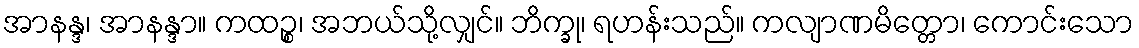
အာနန္ဒ၊ အာနန္ဒာ။ ကထဉ္စ၊ အဘယ်သို့လျှင်။ ဘိက္ခု၊ ရဟန်းသည်။ ကလျာဏမိတ္တော၊ ကောင်းသော